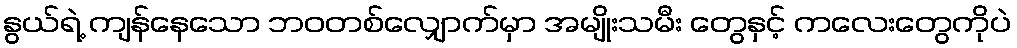
နွယ်ရဲ့ ကျန်နေသော ဘဝတစ်လျှောက်မှာ အမျိုးသမီး တွေနှင့် ကလေးတွေကိုပဲ